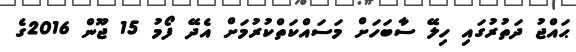
ޙައްޖު ދަތުރުގައި ހިލޭ ސާބަހަށް މަސައްކަތްކުރުމަށް އެދޭ ފޯމު 15 ޖޫން 2016ގެ